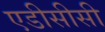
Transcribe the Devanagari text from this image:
एडीसीसी